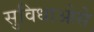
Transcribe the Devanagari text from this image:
सुविधाओसे